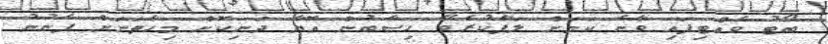
ބޯޓު ވެއްޓިފައި ވާނެ ކަމަށް ލަފާކުރެވޭ ހިސާބުން އޮޔާ ދަނިކޮށް މިހާތަނަށް ފެނުނު